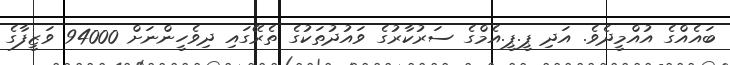
ބައެއްގެ އުއްމީދެވެ. އަދި ޕީ.ޕީ.އެމްގެ ސަރުކާރުގެ ވައުދުތަކުގެ ތެރޭގައި ދިވެހީންނަށް 94000 ވަޒީފާގެ